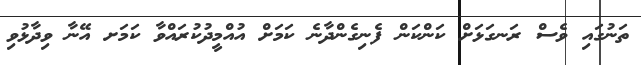
ތަނުގައި ވެސް ރަނގަޅަށް ކަންކަން ފެނިގެންދާނެ ކަމަށް އުއްމީދުކުރައްވާ ކަމަށ އޭނާ ވިދާޅުވި